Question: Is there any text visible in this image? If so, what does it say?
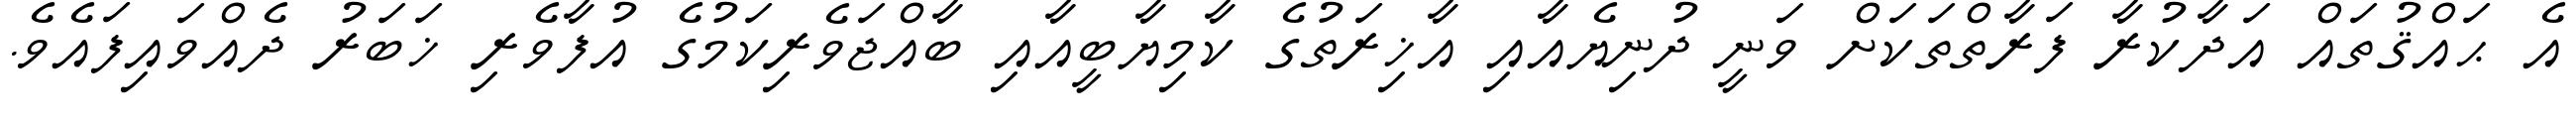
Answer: އެ ޙައްޤުތައް އަދާކުރާ ފަރާތްތަކަށް ވަނީ ދުނިޔެއާއި އާޚިރަތުގެ ކާމިޔާބީއާއި ބާއްޖަވެރިކަމުގެ އުފާވެރި ޚަބަރު ދެއްވައިފައެވެ.